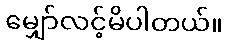
မျှော်လင့်မိပါတယ်။